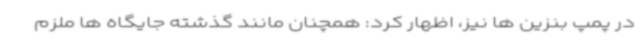
در پمپ بنزین ها نیز، اظهار کرد: همچنان مانند گذشته جایگاه ها ملزم